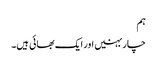
ہم
چار بہنیں اور ایک بھائی ہیں۔